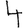
Digit: 4